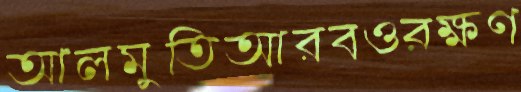
আলমুতিআরবওরক্ষণ